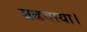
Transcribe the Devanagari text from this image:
बढ़वाया।